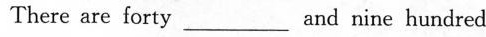
There are forty_ __and nine hundred